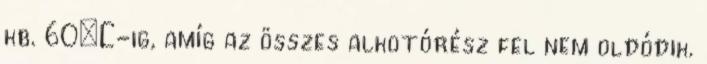
kb. 60°C-ig, amíg az összes alkotórész fel nem oldódik.